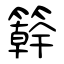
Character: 簳